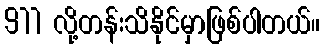
911 လို့တန်းသိနိုင်မှာဖြစ်ပါတယ်။